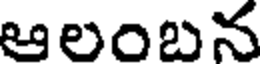
ఆలంబన